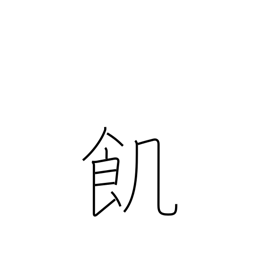
Meaning: hungry